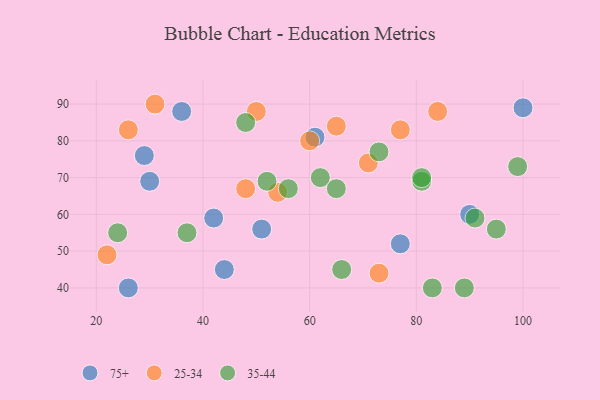
{"axis": {"x": "GDP", "y": "Life Expectancy"}, "legend": ["25-34", "35-44", "75+"], "data": [{"x": "29", "y": 76, "type": "75+"}, {"x": "90", "y": 60, "type": "75+"}, {"x": "77", "y": 52, "type": "75+"}, {"x": "42", "y": 59, "type": "75+"}, {"x": "100", "y": 89, "type": "75+"}, {"x": "51", "y": 56, "type": "75+"}, {"x": "61", "y": 81, "type": "75+"}, {"x": "30", "y": 69, "type": "75+"}, {"x": "36", "y": 88, "type": "75+"}, {"x": "26", "y": 40, "type": "75+"}, {"x": "44", "y": 45, "type": "75+"}, {"x": "50", "y": 88, "type": "25-34"}, {"x": "71", "y": 74, "type": "25-34"}, {"x": "65", "y": 84, "type": "25-34"}, {"x": "73", "y": 44, "type": "25-34"}, {"x": "60", "y": 80, "type": "25-34"}, {"x": "84", "y": 88, "type": "25-34"}, {"x": "31", "y": 90, "type": "25-34"}, {"x": "77", "y": 83, "type": "25-34"}, {"x": "48", "y": 67, "type": "25-34"}, {"x": "22", "y": 49, "type": "25-34"}, {"x": "54", "y": 66, "type": "25-34"}, {"x": "26", "y": 83, "type": "25-34"}, {"x": "62", "y": 70, "type": "35-44"}, {"x": "83", "y": 40, "type": "35-44"}, {"x": "48", "y": 85, "type": "35-44"}, {"x": "99", "y": 73, "type": "35-44"}, {"x": "56", "y": 67, "type": "35-44"}, {"x": "24", "y": 55, "type": "35-44"}, {"x": "89", "y": 40, "type": "35-44"}, {"x": "65", "y": 67, "type": "35-44"}, {"x": "66", "y": 45, "type": "35-44"}, {"x": "52", "y": 69, "type": "35-44"}, {"x": "73", "y": 77, "type": "35-44"}, {"x": "95", "y": 56, "type": "35-44"}, {"x": "91", "y": 59, "type": "35-44"}, {"x": "81", "y": 69, "type": "35-44"}, {"x": "81", "y": 70, "type": "35-44"}, {"x": "37", "y": 55, "type": "35-44"}]}